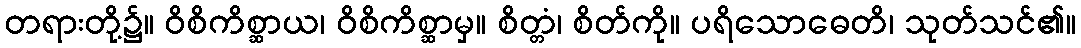
တရားတို့၌။ ဝိစိကိစ္ဆာယ၊ ဝိစိကိစ္ဆာမှ။ စိတ္တံ၊ စိတ်ကို။ ပရိသောဓေတိ၊ သုတ်သင်၏။